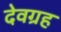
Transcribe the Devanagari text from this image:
देवग्रह